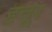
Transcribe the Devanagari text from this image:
हत्तूर